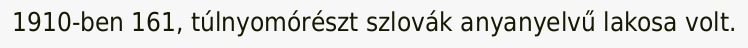
1910-ben 161, túlnyomórészt szlovák anyanyelvű lakosa volt.